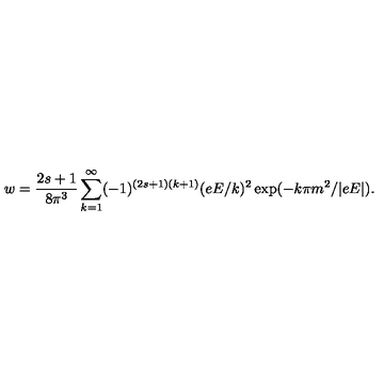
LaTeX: w = { \frac { 2 s + 1 } { 8 \pi ^ { 3 } } } \sum _ { k = 1 } ^ { \infty } ( - 1 ) ^ { ( 2 s + 1 ) ( k + 1 ) } ( e E / k ) ^ { 2 } \exp ( - k \pi m ^ { 2 } / | e E | ) .